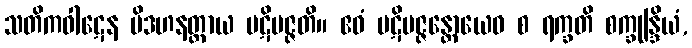
သတိကဝါဋေန ပိဒဟနတ္ထာယ ပဋိပဇ္ဇတိ။ ဧဝံ ပဋိပဇ္ဇန္တောယေဝ စ ရက္ခတိ စက္ခုန္ဒြိယံ,